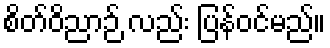
စိတ်ဝိညာဉ် လည်း ပြန်ဝင်မည်။